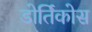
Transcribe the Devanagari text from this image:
डोर्तिकोस